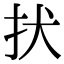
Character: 㧋